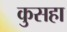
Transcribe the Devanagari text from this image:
कुसहा